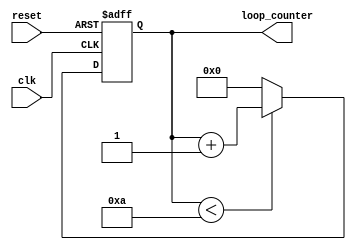
module for_loop (
    input wire clk,
    input wire reset,
    output reg [7:0] loop_counter // Assuming an 8-bit loop counter
);
  
reg [7:0] preset_value = 0; // Initial value of loop counter
reg [7:0] loop_limit = 10; // Number of iterations

always @(posedge clk or posedge reset) begin
    if (reset) begin
        loop_counter <= preset_value; // Reset loop counter
    end else begin
        if (loop_counter < loop_limit) begin
            loop_counter <= loop_counter + 1; // Increment loop counter
        end else begin
            loop_counter <= preset_value; // Reset loop counter once loop limit is reached
        end
    end
end

endmodule